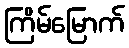
ကြိမ်မြောက်